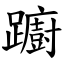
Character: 躕